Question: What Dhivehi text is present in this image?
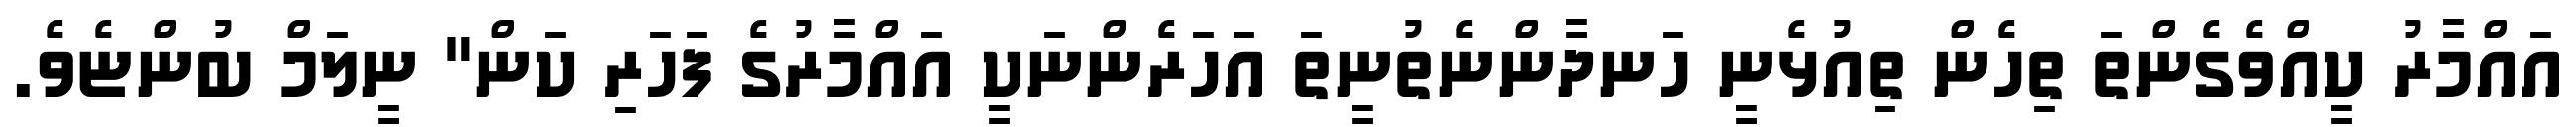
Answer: އައްމާރު ކީއްވެގެންތަ ތިހެން ތިއުޅެނީ ހަނދާންނެތުނީތަ އަހަރެންނަކީ އައްމާރުގެ ފަހަރި ކަން" ނީލަމް ބުންޏެވެ.